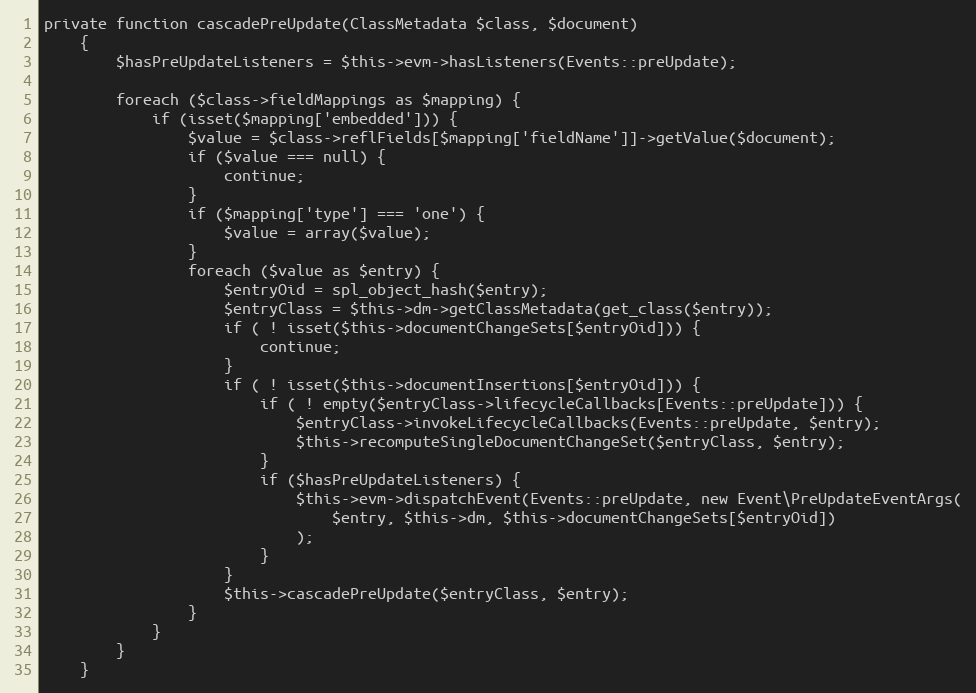
Language: PHP
private function cascadePreUpdate(ClassMetadata $class, $document)
    {
        $hasPreUpdateListeners = $this->evm->hasListeners(Events::preUpdate);

        foreach ($class->fieldMappings as $mapping) {
            if (isset($mapping['embedded'])) {
                $value = $class->reflFields[$mapping['fieldName']]->getValue($document);
                if ($value === null) {
                    continue;
                }
                if ($mapping['type'] === 'one') {
                    $value = array($value);
                }
                foreach ($value as $entry) {
                    $entryOid = spl_object_hash($entry);
                    $entryClass = $this->dm->getClassMetadata(get_class($entry));
                    if ( ! isset($this->documentChangeSets[$entryOid])) {
                        continue;
                    }
                    if ( ! isset($this->documentInsertions[$entryOid])) {
                        if ( ! empty($entryClass->lifecycleCallbacks[Events::preUpdate])) {
                            $entryClass->invokeLifecycleCallbacks(Events::preUpdate, $entry);
                            $this->recomputeSingleDocumentChangeSet($entryClass, $entry);
                        }
                        if ($hasPreUpdateListeners) {
                            $this->evm->dispatchEvent(Events::preUpdate, new Event\PreUpdateEventArgs(
                                $entry, $this->dm, $this->documentChangeSets[$entryOid])
                            );
                        }
                    }
                    $this->cascadePreUpdate($entryClass, $entry);
                }
            }
        }
    }